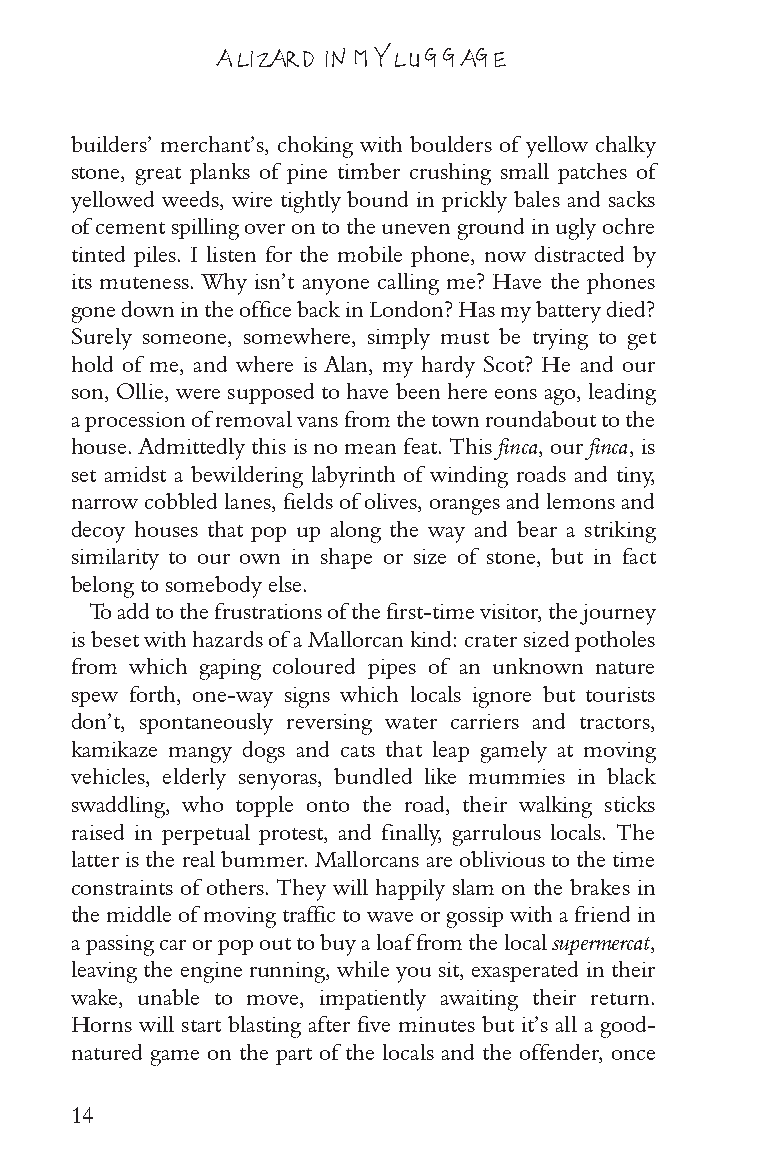
A LIZARD IN MY LUGGAGE
 builders’ merchant’s, choking with boulders of yellow chalky
 stone, great planks of pine timber crushing small patches of
 yellowed weeds, wire tightly bound in prickly bales and sacks
 of cement spilling over on to the uneven ground in ugly ochre
 tinted piles. I listen for the mobile phone, now distracted by
 its muteness. Why isn’t anyone calling me? Have the phones
 gone down in the office back in London? Has my battery died?
 Surely someone, somewhere, simply must be trying to get
 hold of me, and where is Alan, my hardy Scot? He and our
 son, Ollie, were supposed to have been here eons ago, leading
 a procession of removal vans from the town roundabout to the
 house. Admittedly this is no mean feat. This finca, our finca, is
 set amidst a bewildering labyrinth of winding roads and tiny,
 narrow cobbled lanes, fields of olives, oranges and lemons and
 decoy houses that pop up along the way and bear a striking
 similarity to our own in shape or size of stone, but in fact
 belong to somebody else.
 To add to the frustrations of the first-time visitor, the journey
 is beset with hazards of a Mallorcan kind: crater sized potholes
 from which gaping coloured pipes of an unknown nature
 spew forth, one-way signs which locals ignore but tourists
 don’t, spontaneously reversing water carriers and tractors,
 kamikaze mangy dogs and cats that leap gamely at moving
 vehicles, elderly senyoras, bundled like mummies in black
 swaddling, who topple onto the road, their walking sticks
 raised in perpetual protest, and finally, garrulous locals. The
 latter is the real bummer. Mallorcans are oblivious to the time
 constraints of others. They will happily slam on the brakes in
 the middle of moving traffic to wave or gossip with a friend in
 a passing car or pop out to buy a loaf from the local supermercat,
 leaving the engine running, while you sit, exasperated in their
 wake, unable to move, impatiently awaiting their return.
 Horns will start blasting after five minutes but it’s all a good-
 natured game on the part of the locals and the offender, once
 14